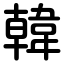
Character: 韓